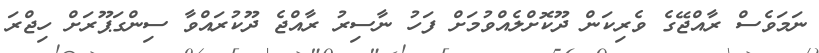
ނަމަވެސް ރާއްޖޭގެ ވެރިކަން ދޫކޮށްލެއްވުމަށް ފަހު ނާސިރު ރާއްޖެ ދޫކުރައްވާ ސިންގަޕޫރަށް ހިޖްރަ